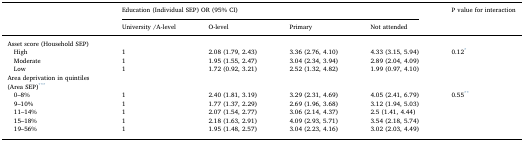
<table><thead><tr><td></td><td colspan="4"><b>Education (Individual SEP) OR (95% CI)</b></td><td rowspan="2"><b>P value for interaction</b></td></tr><tr><td></td><td><b>University /A-level</b></td><td><b>O-level</b></td><td><b>Primary</b></td><td><b>Not attended</b></td></tr></thead><tbody><tr><td>Asset score (Household SEP)</td><td></td><td></td><td></td><td></td><td></td></tr><tr><td> High</td><td>1</td><td>2.08 (1.79, 2.43)</td><td>3.36 (2.76, 4.10)</td><td>4.33 (3.15, 5.94)</td><td rowspan="3">0.12*</td></tr><tr><td> Moderate</td><td>1</td><td>1.95 (1.55, 2.47)</td><td>3.04 (2.34, 3.94)</td><td>2.89 (2.04, 4.09)</td></tr><tr><td> Low</td><td>1</td><td>1.72 (0.92, 3.21)</td><td>2.52 (1.32, 4.82)</td><td>1.99 (0.97, 4.10)</td></tr><tr><td>Area deprivation in quintiles</td><td rowspan="2"></td><td rowspan="2"></td><td rowspan="2"></td><td rowspan="2"></td><td rowspan="2"></td></tr><tr><td>(Area SEP)***</td></tr><tr><td> 0–8%</td><td>1</td><td>2.40 (1.81, 3.19)</td><td>3.29 (2.31, 4.69)</td><td>4.05 (2.41, 6.79)</td><td rowspan="5">0.55**</td></tr><tr><td> 9–10%</td><td>1</td><td>1.77 (1.37, 2.29)</td><td>2.69 (1.96, 3.68)</td><td>3.12 (1.94, 5.03)</td></tr><tr><td> 11–14%</td><td>1</td><td>2.07 (1.54, 2.77)</td><td>3.06 (2.14, 4.37)</td><td>2.5 (1.41, 4.44)</td></tr><tr><td> 15–18%</td><td>1</td><td>2.18 (1.63, 2.91)</td><td>4.09 (2.93, 5.71)</td><td>3.54 (2.18, 5.74)</td></tr><tr><td> 19–56%</td><td>1</td><td>1.95 (1.48, 2.57)</td><td>3.04 (2.23, 4.16)</td><td>3.02 (2.03, 4.49)</td></tr></tbody></table>